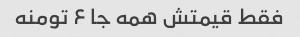
فقط قیمتش همه جا ۶ تومنه